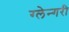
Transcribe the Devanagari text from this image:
ग्लेन्गरी